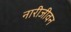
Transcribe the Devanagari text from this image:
नारीजीवन